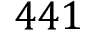
4 4 1